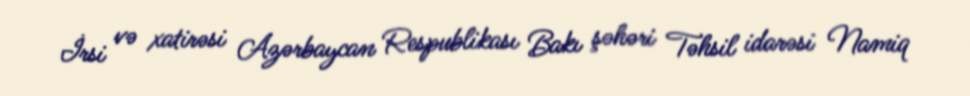
İrsi və xatirəsi Azərbaycan Respublikası Bakı şəhəri Təhsil idarəsi Namiq